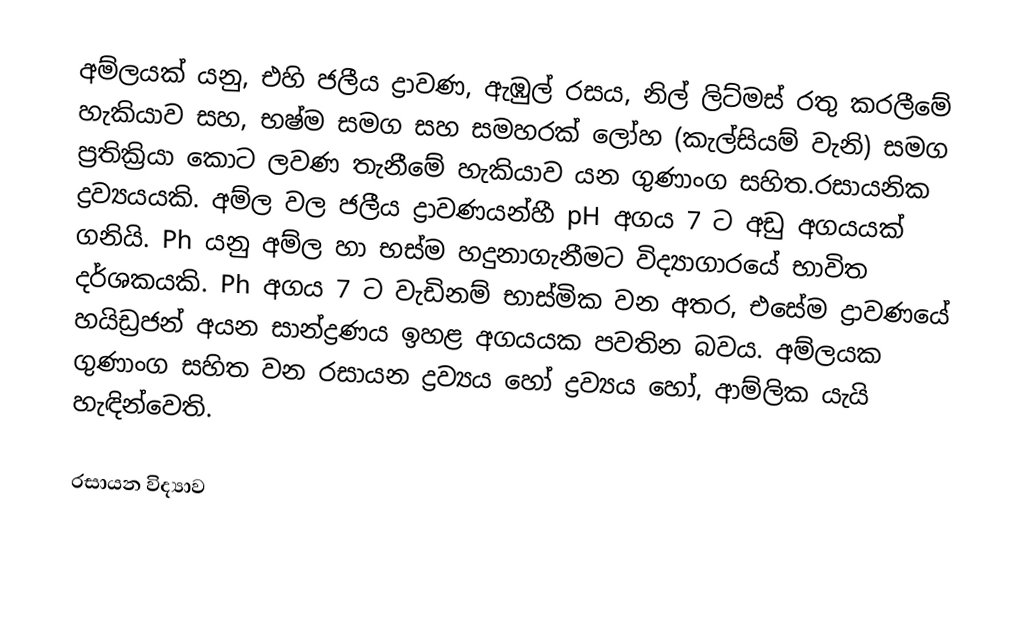
අම්ලයක් යනු,  එහි  ජලීය ද්‍රාවණ, ඇඹුල් රසය,   නිල් ලිට්මස්  රතු කරලීමේ හැකියාව සහ,  භෂ්ම සමග සහ සමහරක් ලෝහ  (කැල්සියම් වැනි) සමග ප්‍රතික්‍රියා කොට ලවණ තැනීමේ හැකියාව යන ගුණාංග සහිත.රසායනික ද්‍රව්‍යයයකි. අම්ල වල ජලීය ද්‍රාවණයන්හී  pH අගය 7 ට අඩු අගයයක් ගනියි. Ph යනු අම්ල හා භස්ම හදුනාගැනීමට විද්‍යාගාරයේ භාවිත  දර්ශකයකි.  Ph අගය 7 ට වැඩිනම් භාස්මික වන අතර, එසේම ද්‍රාවණයේ හයිඩ්‍රජන් අයන සාන්ද්‍රණය ඉහළ අගයයක පවතින බවය. අම්ලයක ගුණාංග සහිත වන රසායන ද්‍රව්‍යය හෝ ද්‍රව්‍යය හෝ, ආම්ලික යැයි හැඳින්වෙති.

රසායන විද්‍යාව